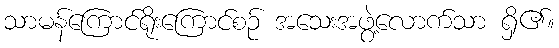
သာမန်ကြောင်ရိုးကြောင်စဉ် အသေးအဖွဲ့လောက်သာ ရှိ၏။